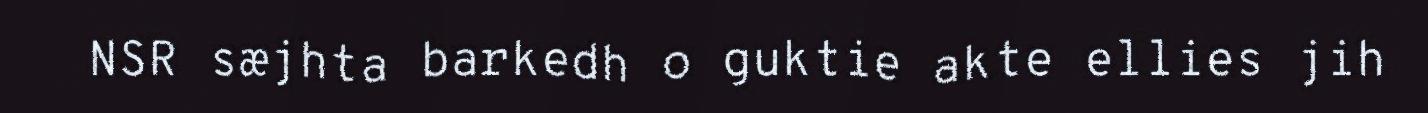
NSR sæjhta barkedh o guktie akte ellies jih